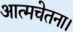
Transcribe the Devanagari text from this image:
आत्मचेतना।